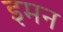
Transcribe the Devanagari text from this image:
इमन